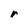
Character: r